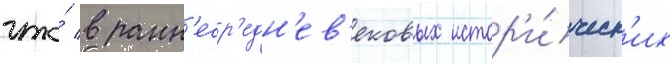
что́ в ранн'еср'едн'ев'ековых истор'и́ческ'их